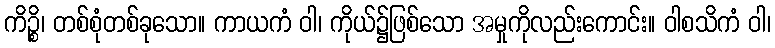
ကိဉ္စိ၊ တစ်စုံတစ်ခုသော။ ကာယကံ ဝါ၊ ကိုယ်၌ဖြစ်သော အမှုကိုလည်းကောင်း။ ဝါစသိကံ ဝါ၊